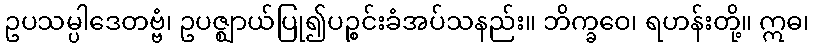
ဥပသမ္ပါဒေတဗ္ဗံ၊ ဥပဇ္ဈာယ်ပြု၍ပဉ္စင်းခံအပ်သနည်း။ ဘိက္ခဝေ၊ ရဟန်းတို့။ ဣဓ၊